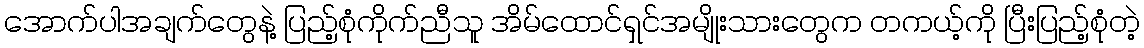
အောက်ပါအချက်တွေနဲ့ ပြည့်စုံကိုက်ညီသူ အိမ်ထောင်ရှင်အမျိုးသားတွေက တကယ့်ကို ပြီးပြည့်စုံတဲ့